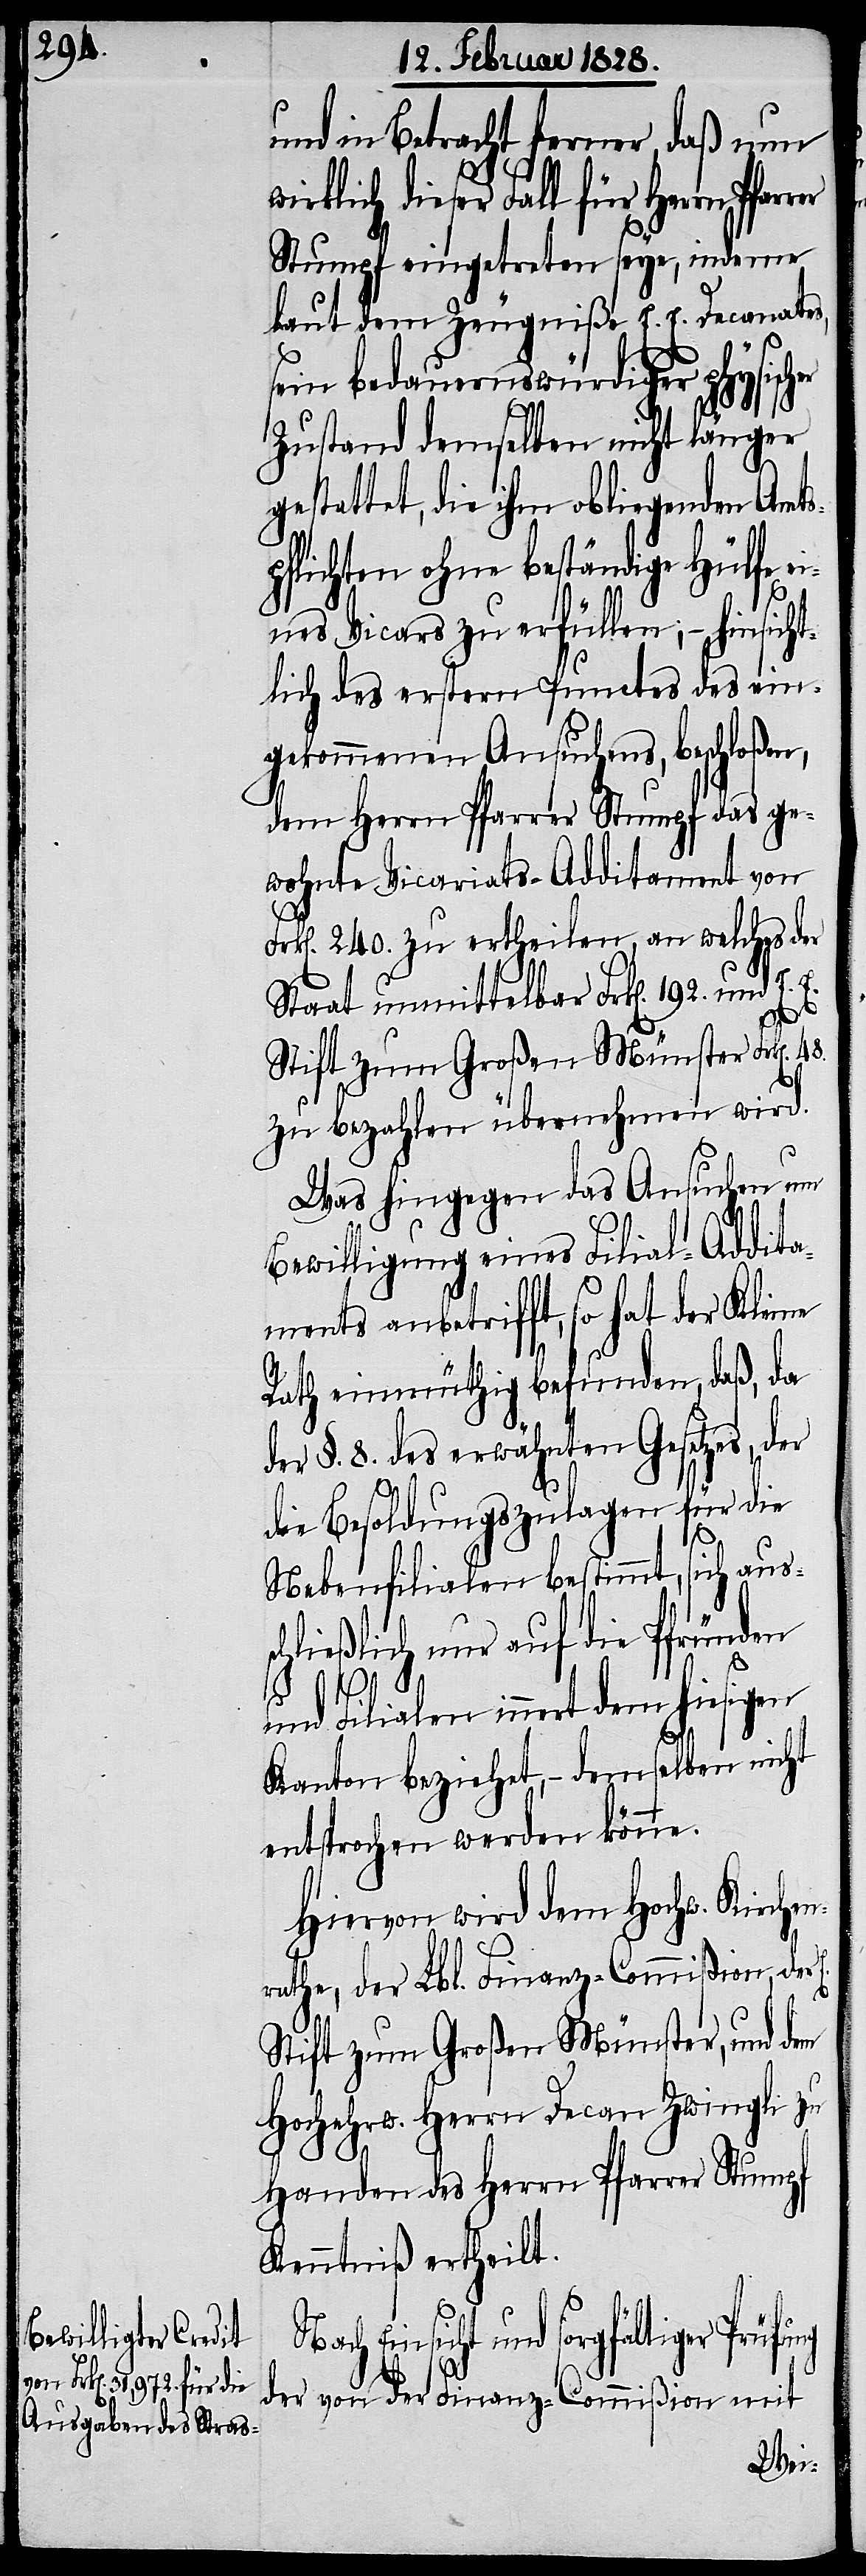
n¬

und in Betracht ferner, daß nun
Stumpf eingetreten seye, indeme
laut dem Zeugniße E. E. Decanates,
sein bedauernswürdiger physisch¬
Zustand demselben nicht länger
gestattet, die ihm obliegenden Amts¬
pflichten ohne beständige Hülfe ei¬
E.
nes Vicars zu erfüllen; – hinsich¬
tlich des erstern Punctes des ein¬
gekommenen Ansuchens, beschloßen,
dem Herrn Pfarrer Stumpf das ge¬
wohnte Vicariats-Additament von
k[en]. 240. zu ertheilen, an welches der
Staat unmittelbar Frk[en]. 192.
ung
Stift zum Großen Münster Frk[en].
zu bezahlen übernehmen wird.
Was hingegen das Ansuchen um
Bewilligung eines Filial-Addita¬
ments anbetrifft, so hat der Kleine
Rath einmüthig befunden, daß, da
er §. 8. des erwähnten Gesetzes, d¬
die Besoldungszulagen für die
Nebenfilialen bestimmt, sich aus¬
chließlich nur auf die Pfründen
s¬
und Filialen innert dem hiesigen
Kanton beziehet, – demselben nicht
entsprochen werden könne.
Hiervon wird dem Hochw. Kirche¬
rathe, der Lbl. Finanz-Commißion, der
Stift zum Großen Münster, und dem
Hochehrw. Herrn Decan Zwingli zu
Handen des Herrn Pfarrer Stumpf
Kenntniß ertheilt.
Einsicht und sorgfältiger Prüf¬
der von der Finanz-Commißion mit